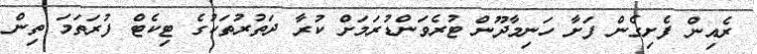
ރެއިން ފެށިގެން ފަށާ ހަނިމާދޫން ޓުރެވަންޑުރަމަށް ކުރާ ދަތުރުތަކުގެ ޓިކެޓް ފުރަތަމަ ތިން